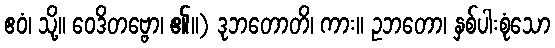
ဧဝံ၊ သို့။ ဝေဒိတဗ္ဗော၊ ၏။) ဒုဘတောတိ၊ ကား။ ဥဘတော၊ နှစ်ပါးစုံသော